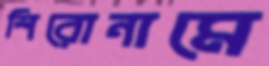
শিরোনামে